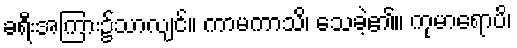
ခရီးအကြား၌သာလျင်။ ကာမကာသိ၊ သေခဲ့၏။ ကုမာရောပိ၊